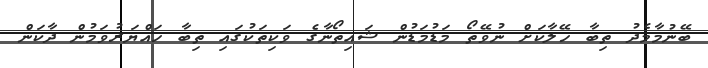
ބޭނުމާމެދު ތިބާ ހޭލާކަށް ނުވޭތޯ މަޑުމަޑުން ޝައިތޯނާގެ ވަކިތަކުގައި ތިބާ ހައްޔަރުވަމުން ދާކަން